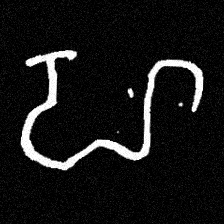
Pyu character \u2014 Myanmar letter: ဟ (romanized: ha)